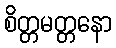
စိတ္တမတ္တနော